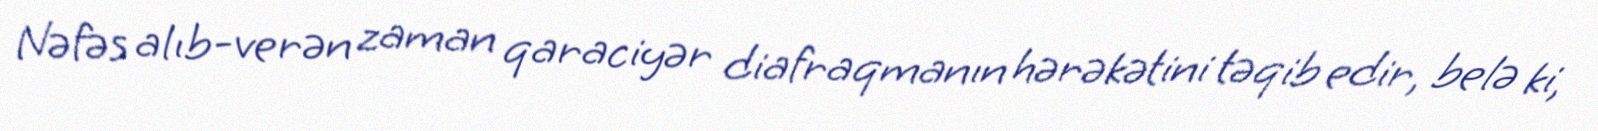
Nəfəs alıb-verən zaman qaraciyər diafraqmanın hərəkətini təqib edir, belə ki,